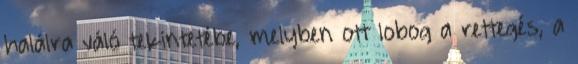
halálra váló tekintetébe, melyben ott lobog a rettegés, a